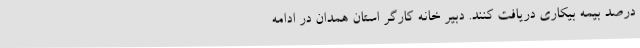
درصد بیمه بیکاری دریافت کنند. دبیر خانه کارگر استان همدان در ادامه